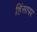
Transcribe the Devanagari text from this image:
हिंसापर